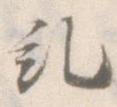
糺